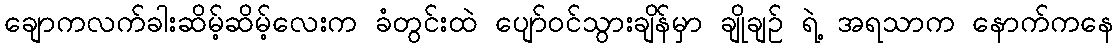
ချောကလက်ခါးဆိမ့်ဆိမ့်လေးက ခံတွင်းထဲ ပျော်ဝင်သွားချိန်မှာ ချိုချဉ် ရဲ့ အရသာက နောက်ကနေ